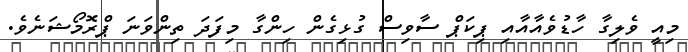
މިއީ ވެލިގާ ހާޑުވެއާއާއި ޕިކަޕް ސާވިސް ގުޅިގެން ހިންގާ މިފަދަ ތިންވަނަ ޕްރޮމޯޝަނެވެ.